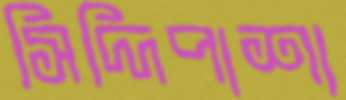
সিদ্দিপাশা